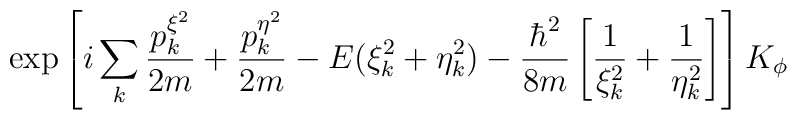
\exp\left[ i \sum_{k} \frac{p_k^{\xi^2 }}{2m} +\frac{p_k^{\eta^2}}{2m}- E(\xi ^2_k + \eta ^2_k) -\frac{\hbar^2}{8m}  \left[\frac{1}{\xi^2_k} +\frac{1}{\eta^2_k}  \right]\right]   K_\phi